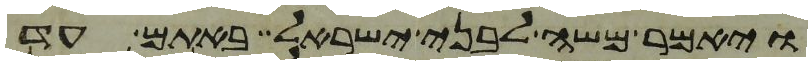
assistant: ויאמר משה לבני ישראל באתם עד